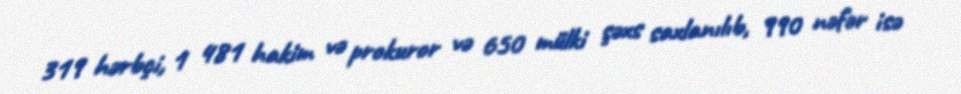
319 hərbçi, 1 481 hakim və prokuror və 650 mülki şəxs saxlanılıb, 990 nəfər isə